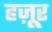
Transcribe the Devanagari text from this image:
हज़ूर